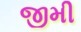
જીમી